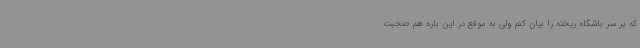
که بر سر باشگاه ریخته را بیان کنم ولی به موقع در این باره هم صحبت